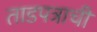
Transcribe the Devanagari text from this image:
ताडपत्राची